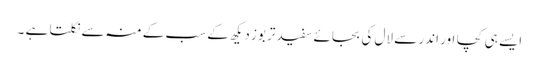
ایسے ہی کچا اور اندر سے لال کی بجائے سفید تربوز دیکھ کے سب کے منہ سے نکلتا ہے ۔